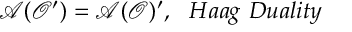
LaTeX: \mathcal { A } ( \mathcal { O } ^ { \prime } ) = \mathcal { A } ( \mathcal { O } ) ^ { \prime } , \, \, \, \, H a a g \, \, D u a l i t y